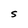
Character: S